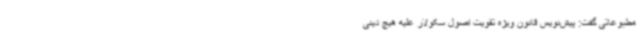
مطبوعاتی گفت: پیش‌نویس قانون ویژه تقویت اصول سکولار علیه هیچ دینی